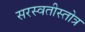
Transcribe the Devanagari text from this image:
सरस्वतीस्तोत्र